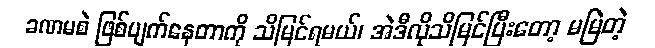
ခဏမစဲ ဖြစ်ပျက်နေတာကို သိမြင်ရမယ်၊ အဲဒီလိုသိမြင်ပြီးတော့ မမြဲတဲ့